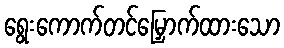
ရွေးကောက်တင်မြှောက်ထားသော